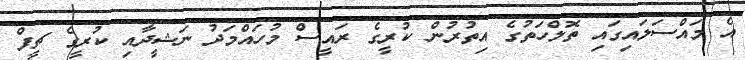
އެ މައްސަލައިގައި ތޮލްހަތުގެ އިތުރުން ކުރީގެ ރައީސް މުހައްމަދު ނަޝީދާއި ކުރީގެ ޗީފް